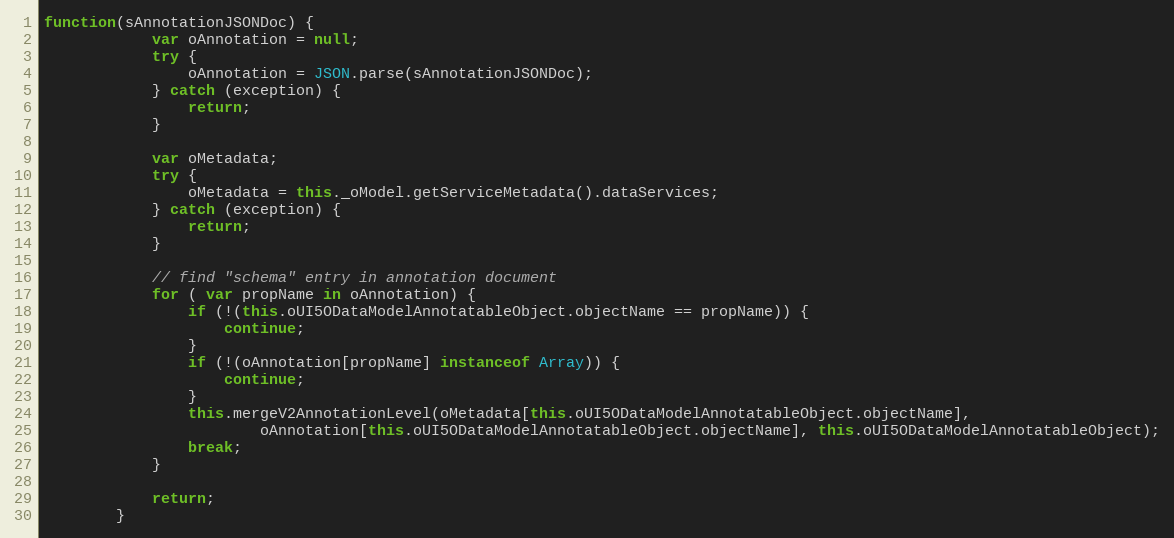
Language: JavaScript
function(sAnnotationJSONDoc) {
			var oAnnotation = null;
			try {
				oAnnotation = JSON.parse(sAnnotationJSONDoc);
			} catch (exception) {
				return;
			}

			var oMetadata;
			try {
				oMetadata = this._oModel.getServiceMetadata().dataServices;
			} catch (exception) {
				return;
			}

			// find "schema" entry in annotation document
			for ( var propName in oAnnotation) {
				if (!(this.oUI5ODataModelAnnotatableObject.objectName == propName)) {
					continue;
				}
				if (!(oAnnotation[propName] instanceof Array)) {
					continue;
				}
				this.mergeV2AnnotationLevel(oMetadata[this.oUI5ODataModelAnnotatableObject.objectName],
						oAnnotation[this.oUI5ODataModelAnnotatableObject.objectName], this.oUI5ODataModelAnnotatableObject);
				break;
			}

			return;
		}